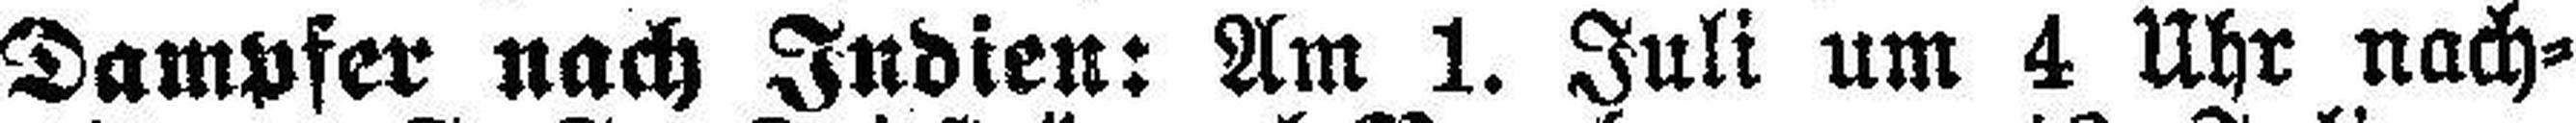
Dampfer nach Indien: Am 1. Juli um 4 Uhr nach¬